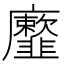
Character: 𩐕